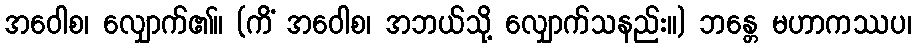
အဝေါစ၊ လျှောက်၏။ (ကိံ အဝေါစ၊ အဘယ်သို့ လျှောက်သနည်း။) ဘန္တေ မဟာကဿပ၊